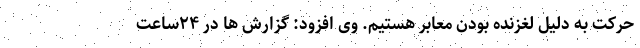
حرکت به دلیل لغزنده بودن معابر هستیم. وی افزود: گزارش ها در ۲۴ساعت